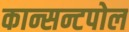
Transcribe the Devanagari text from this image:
कान्सन्टपोल